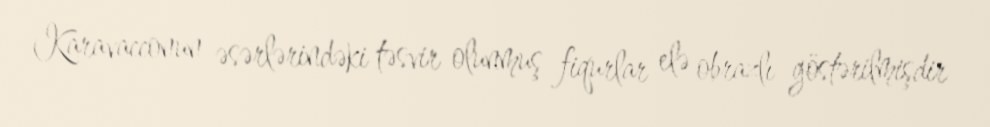
Karavacconun əsərlərindəki təsvir olunmuş fiqurlar elə obrazlı göstərilmişdir